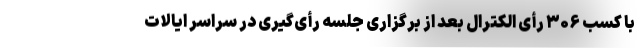
با کسب ۳۰۶ رأی الکترال بعد از بر‌گزاری جلسه رأی‌گیری‌ در سراسر ایالات